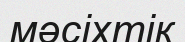
мәсіхтік